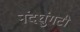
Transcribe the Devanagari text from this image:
नंदघुंगटी